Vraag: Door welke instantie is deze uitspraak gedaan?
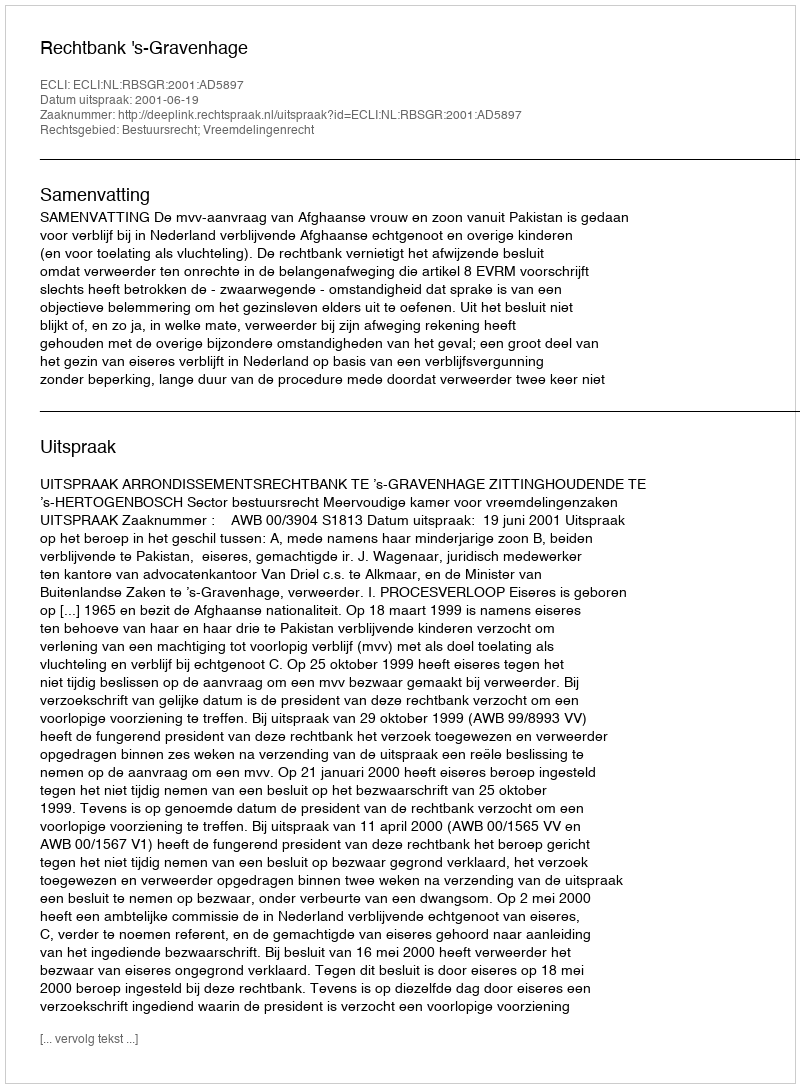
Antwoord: Rechtbank 's-Gravenhage